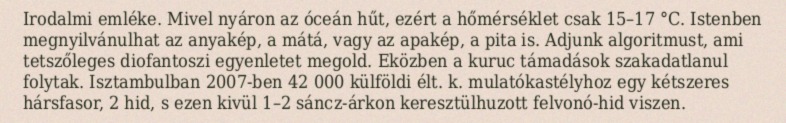
Irodalmi emléke. Mivel nyáron az óceán hűt, ezért a hőmérséklet csak 15–17 °C. Istenben megnyilvánulhat az anyakép, a mátá, vagy az apakép, a pita is. Adjunk algoritmust, ami tetszőleges diofantoszi egyenletet megold. Eközben a kuruc támadások szakadatlanul folytak. Isztambulban 2007-ben 42 000 külföldi élt. k. mulatókastélyhoz egy kétszeres hársfasor, 2 hid, s ezen kivül 1–2 sáncz-árkon keresztülhuzott felvonó-hid viszen.